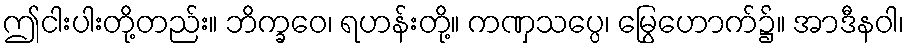
ဤငါးပါးတို့တည်း။ ဘိက္ခဝေ၊ ရဟန်းတို့။ ကဏှသပ္ပေ၊ မြွေဟောက်၌။ အာဒီနဝါ၊